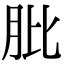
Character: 肶